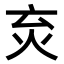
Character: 𤆴